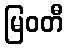
မြဝတီ